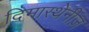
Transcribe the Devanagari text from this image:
दिमास्थेनीज़